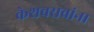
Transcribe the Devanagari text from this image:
केशवरावांना